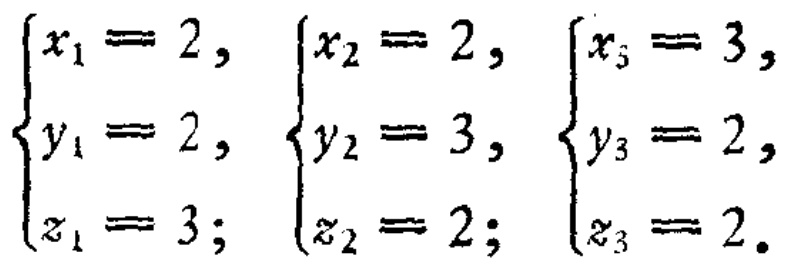
\(\begin{cases}
x_1 = 2, \\
y_1 = 2, \\
z_1 = 3;
\end{cases}\)
\(\begin{cases}
x_2 = 2, \\
y_2 = 3, \\
z_2 = 2;
\end{cases}\)
\(\begin{cases}
x_3 = 3, \\
y_3 = 2, \\
z_3 = 2.
\end{cases}\)